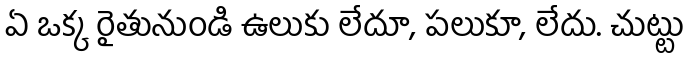
ఏ ఒక్క రైతునుండి ఉలుకు లేదూ, పలుకూ, లేదు. చుట్టు